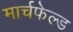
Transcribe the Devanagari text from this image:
मार्चफेल्ड